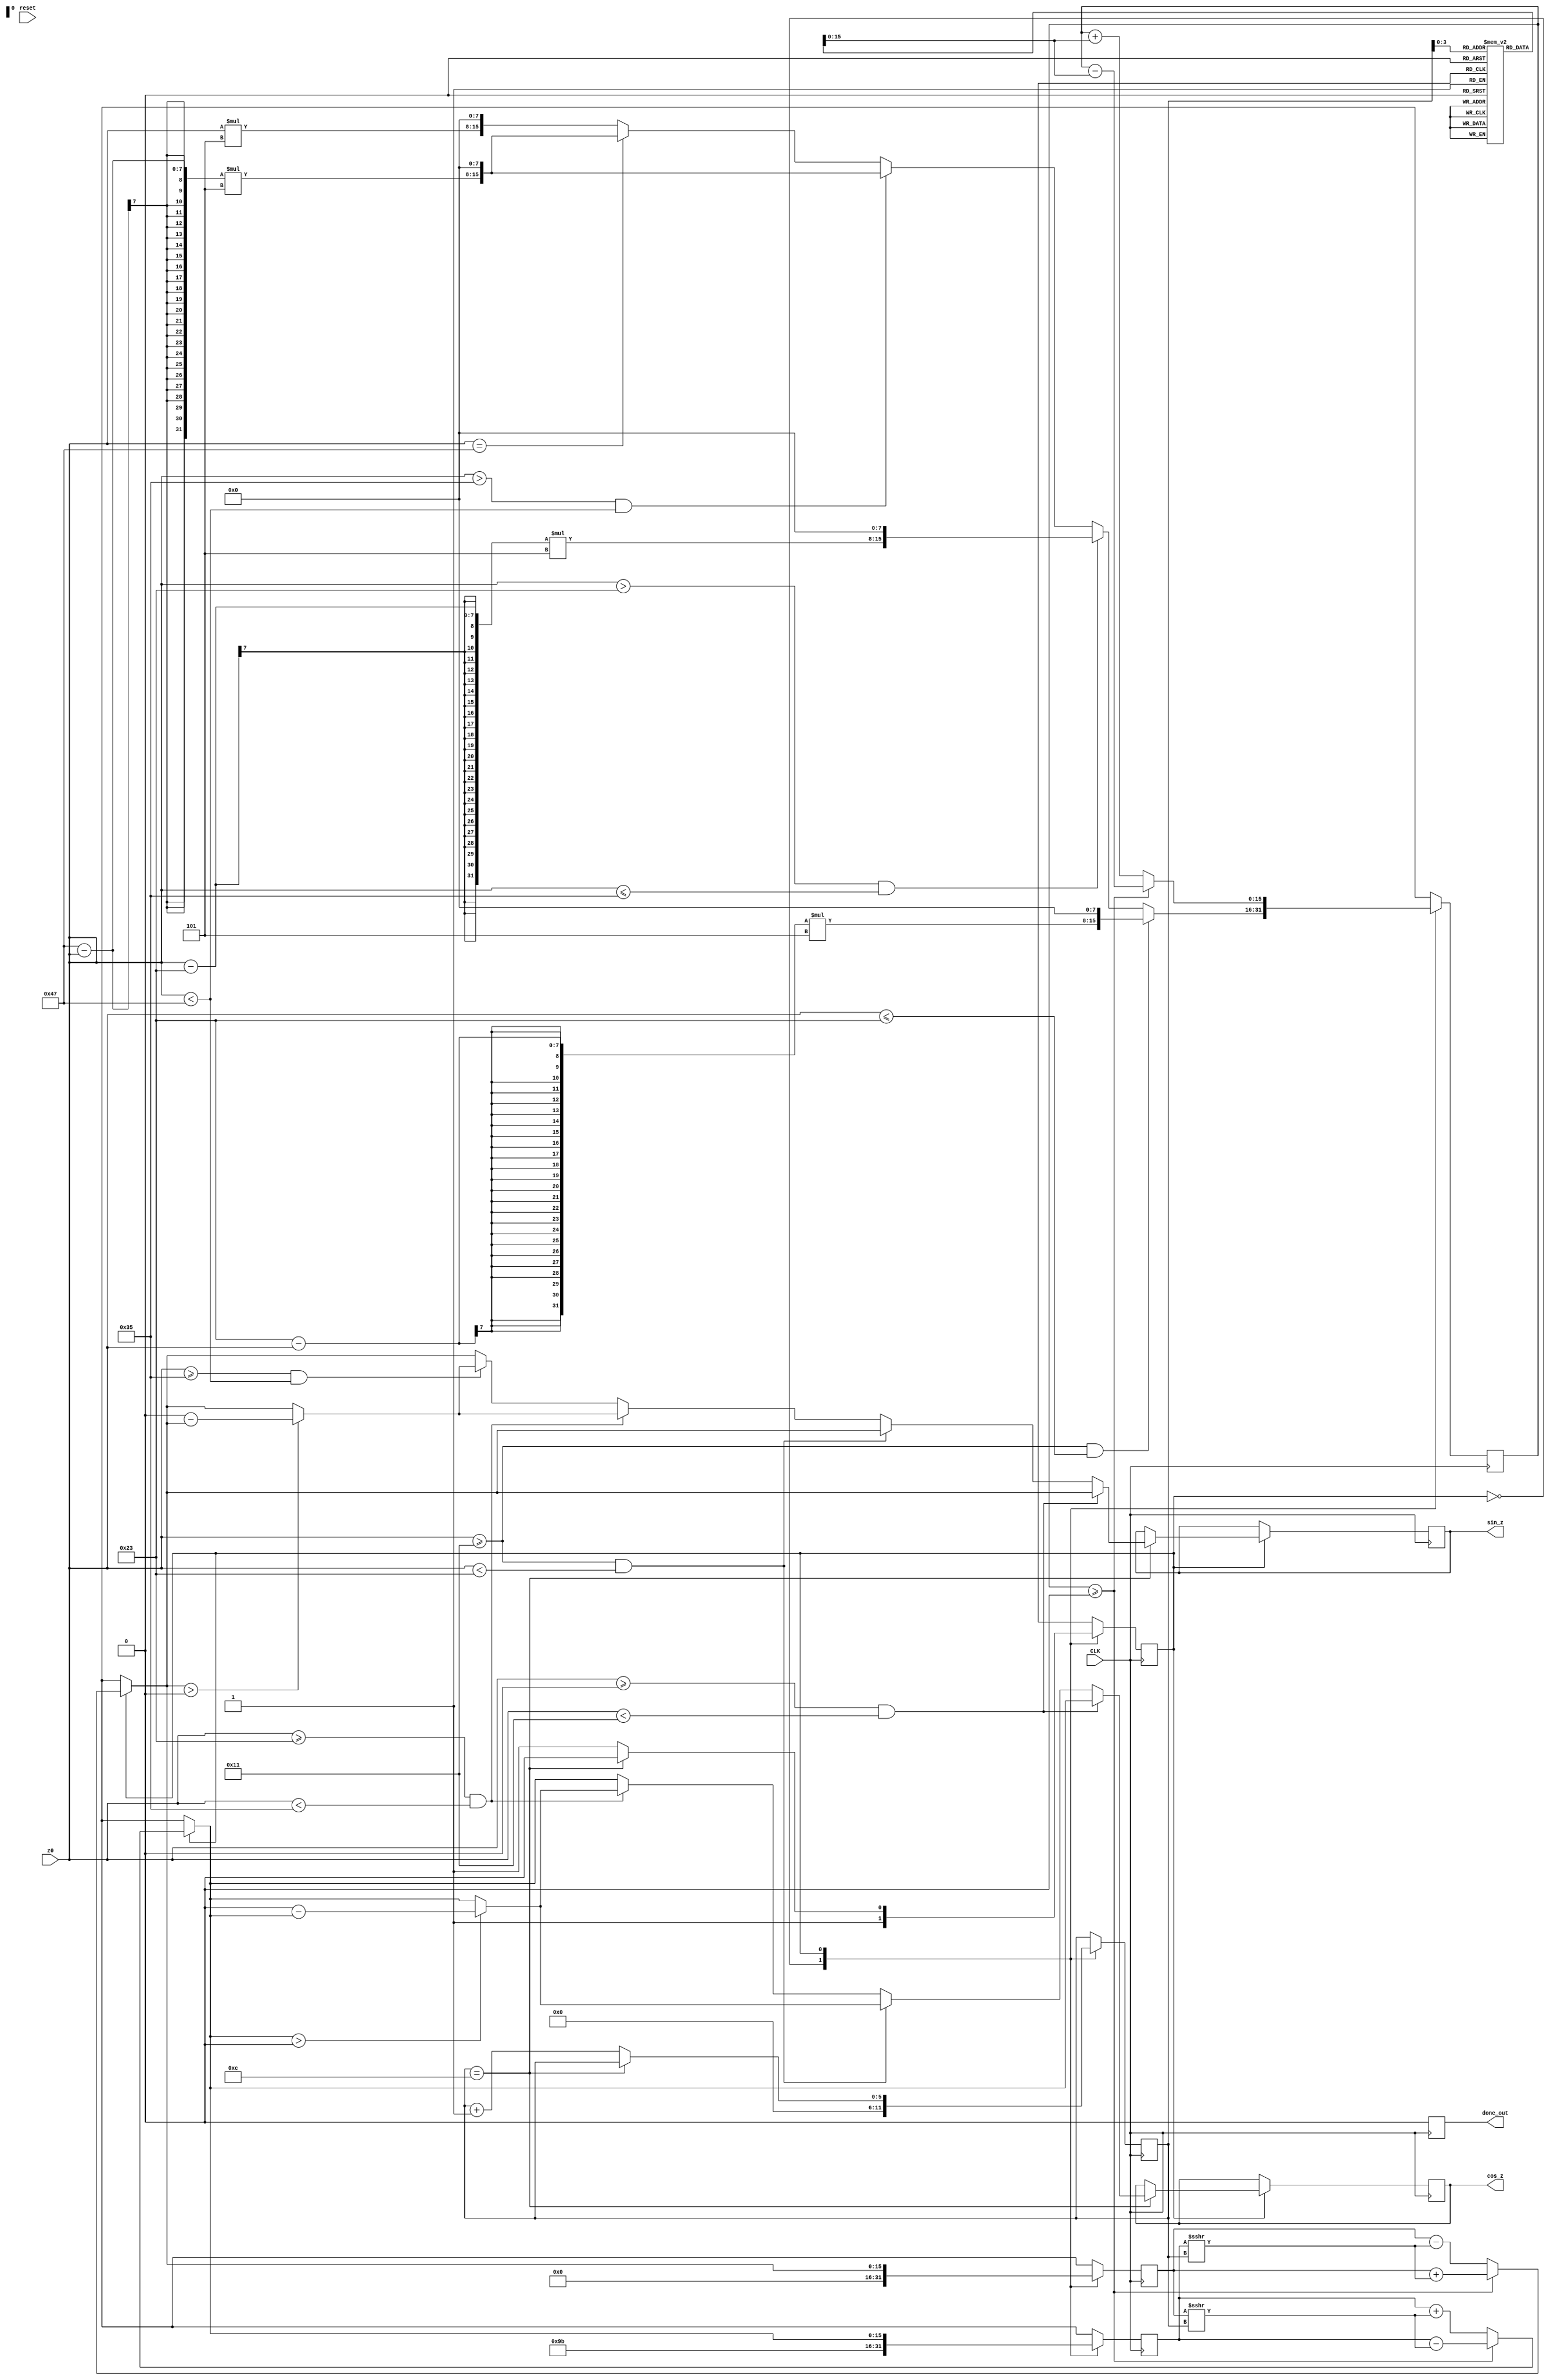
module CORDIC(CLK, cos_z, sin_z, z0, reset, done_out);

input CLK;
input [6:0] z0;
input reset;

output signed [15:0]cos_z;
output signed [15:0]sin_z;

output done_out;

reg signed [15:0] x;
reg signed [15:0] y;
reg signed [15:0] z;
reg signed [15:0] dx;
reg signed [15:0] dy;
reg [16:0] e[12:0];

reg state;
reg done;

reg [5:0]i;
reg signed [15:0]COS_Z_REG;
reg signed [15:0]SIN_Z_REG;


assign done_out = done;

//reg reset;

assign cos_z = COS_Z_REG;
assign sin_z = SIN_Z_REG;
//assign RESET_REG = reset;
initial begin

e[0]  = 11520; 	// arctan(2^0) << 8
e[1]  = 6801; 	// arctan(2^-1) << 8
e[2]  = 3593;	// arctan(2^-2) << 8
e[3]  = 1824;	// arctan(2^-3) << 8
e[4]  = 916;	// arctan(2^-4) << 8
e[5]  = 458;	// arctan(2^-5) << 8
e[6]  = 229;	// arctan(2^-6) << 8
e[7]  = 115;	// arctan(2^-7) << 8
e[8]  = 57;		// arctan(2^-8) << 8
e[9]  = 29;		// arctan(2^-9) << 8
e[10] = 14;		// arctan(2^-10) << 8
e[11] = 7;		// arctan(2^-11) << 8
e[12] = 4;		// arctan(2^-12) << 8

end

always@(posedge CLK )//or posedge reset)
begin
		//if (reset) begin
		//	state = 0;
		//end
	case(state)
		0: begin
			if((z0 >= 17) && (z0 <= 35))
				z = ((35 - z0)*5 <<<  8);
			else if((z0 > 35) && (z0 <= 53))
				z = ((z0 - 35)*5 <<<  8);
			else if((z0 > 53) && (z0 < 71))
				z = ((71 - z0)*5 <<<  8);
			else if(z0 == 71)
				z = ((71 - z0)*5 <<<  8);
			else
				z = ((z0)*5 <<<  8);  // shifted to match e
			x = 155; // 0.6073 *2^n Shift needs to match shift out of cos and sign - 14
			y = 0;
			i <= 0;
			done = 0;
			state = 1;	
		end
		1: begin
			//if (done == 0) begin
				dy = y >>> i;
				dx = x >>> i;
				if (z >= 0) begin
					x = x - dy;
					y = y + dx;
					z = z - e[i];
				end
				else begin
					x = x + dy;
					y = y - dx;
					z = z + e[i];
				end
				if (i == 12) begin
					if((z0 >=0) && (z0 < 17)) //0 <= theta < 90
					begin
						COS_Z_REG <= x;
						SIN_Z_REG <= y;
					end
					else if((z0 >= 17) && (z0 < 35)) //90 <= theta < 180
					begin
						COS_Z_REG <= $signed(x) > 0 ? $signed(0 - $signed(x)) : x;//-1*(x);
						SIN_Z_REG <= y;					
					end
					else if((z0 >= 35) && (z0 < 53)) //180 <= theta < 270
					begin					
						COS_Z_REG <= $signed(x) > 0 ? $signed(0 - $signed(x)) : x;//-1*(x);
						SIN_Z_REG <= $signed(y) > 0 ? $signed(0 - $signed(y)) : y;//-1*(y);					
					end
					else if((z0 >= 53) && (z0 < 71)) //270 <= theta < 360
					begin				
						COS_Z_REG <= x;
						SIN_Z_REG <= $signed(y) > 0 ? $signed(0 - $signed(y)) : y;//-1*(y);				
					end
					else
					begin //theta = 360
						COS_Z_REG <= x;
						SIN_Z_REG <= y;				
					end
					//COS_Z_REG = x;
					//SIN_Z_REG = y;					
					done <= 1;
					state <= 0;
				end
				else begin
					i <= i + 1;
				end
			//end
			
			done <= 0;
		end
	endcase
end	
endmodule